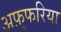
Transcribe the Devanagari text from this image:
अफ़्फरिया